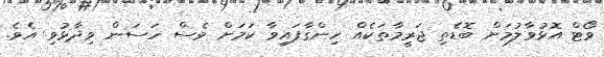
ވޯޓް އޮޅުވާލުމަށް ބޮޑެތި ޖަރީމާތަކެއް ހިންގާފައިވާ ކަމަށް ވެސް ހަސަން ވިދާޅުވި އެވެ.